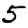
Digit: 5